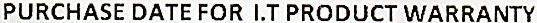
PURCHASE DATE FOR I.T PRODUCT WARRANTY